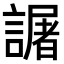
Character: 𧬅